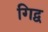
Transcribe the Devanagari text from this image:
गिद्व